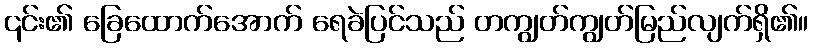
၎င်း၏ ခြေထောက်အောက် ရေခဲပြင်သည် တကျွတ်ကျွတ်မြည်လျက်ရှိ၏။